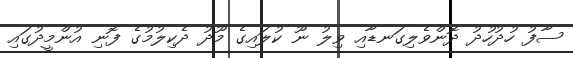
ސާފު ހުދުހުދު ދޮންވެލިގަނޑާއި ވިލު ނޫ ކުލައިގެ މޫދު ދެކިލުމުގެ ފޮނި އުންމީދުގައި